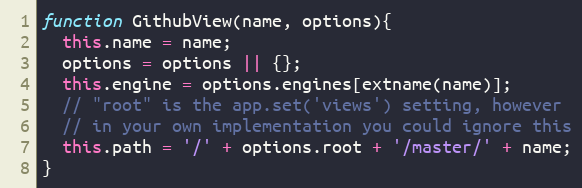
Language: JavaScript
function GithubView(name, options){
  this.name = name;
  options = options || {};
  this.engine = options.engines[extname(name)];
  // "root" is the app.set('views') setting, however
  // in your own implementation you could ignore this
  this.path = '/' + options.root + '/master/' + name;
}